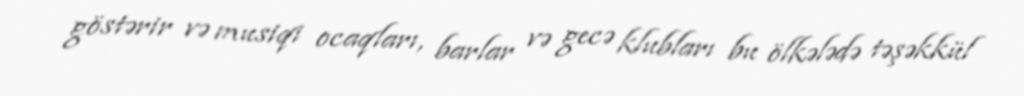
göstərir və musiqi ocaqları, barlar və gecə klubları bu ölkələdə təşəkkül